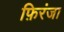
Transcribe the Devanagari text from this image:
फ़िरंजा